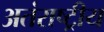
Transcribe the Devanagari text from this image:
अतंराष्ट्रीय